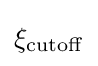
\xi _{\mathrm {cutoff} }